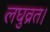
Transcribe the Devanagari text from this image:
लघुव्रत।